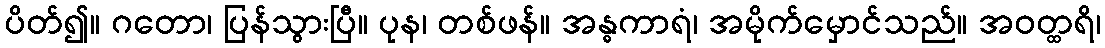
ပိတ်၍။ ဂတော၊ ပြန်သွားပြီ။ ပုန၊ တစ်ဖန်။ အန္ဓကာရံ၊ အမိုက်မှောင်သည်။ အဝတ္ထရိ၊